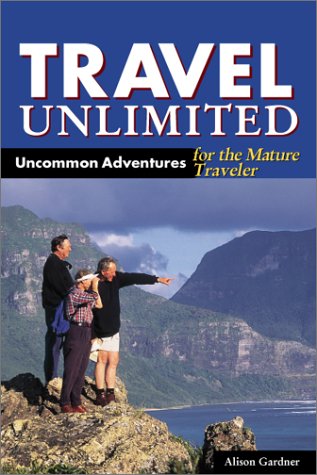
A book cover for Travel Unlimited: Uncommon Adventures for the Mature Traveler; Alison Gardner; Travel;